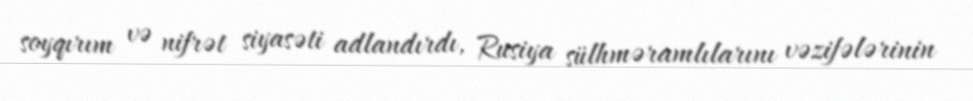
soyqırım və nifrət siyasəti adlandırdı, Rusiya sülhməramlılarını vəzifələrinin